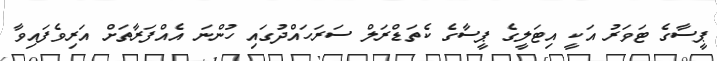
ޕީސާގެ ޓަވަރު އަކީ އިޓަލީގެ ޕީސާގެ ކެތަޑްރަލް ސަރަހައްދުގައި ހުންނަ އެއްފަރާތަށް އަރިވެފައިވާ